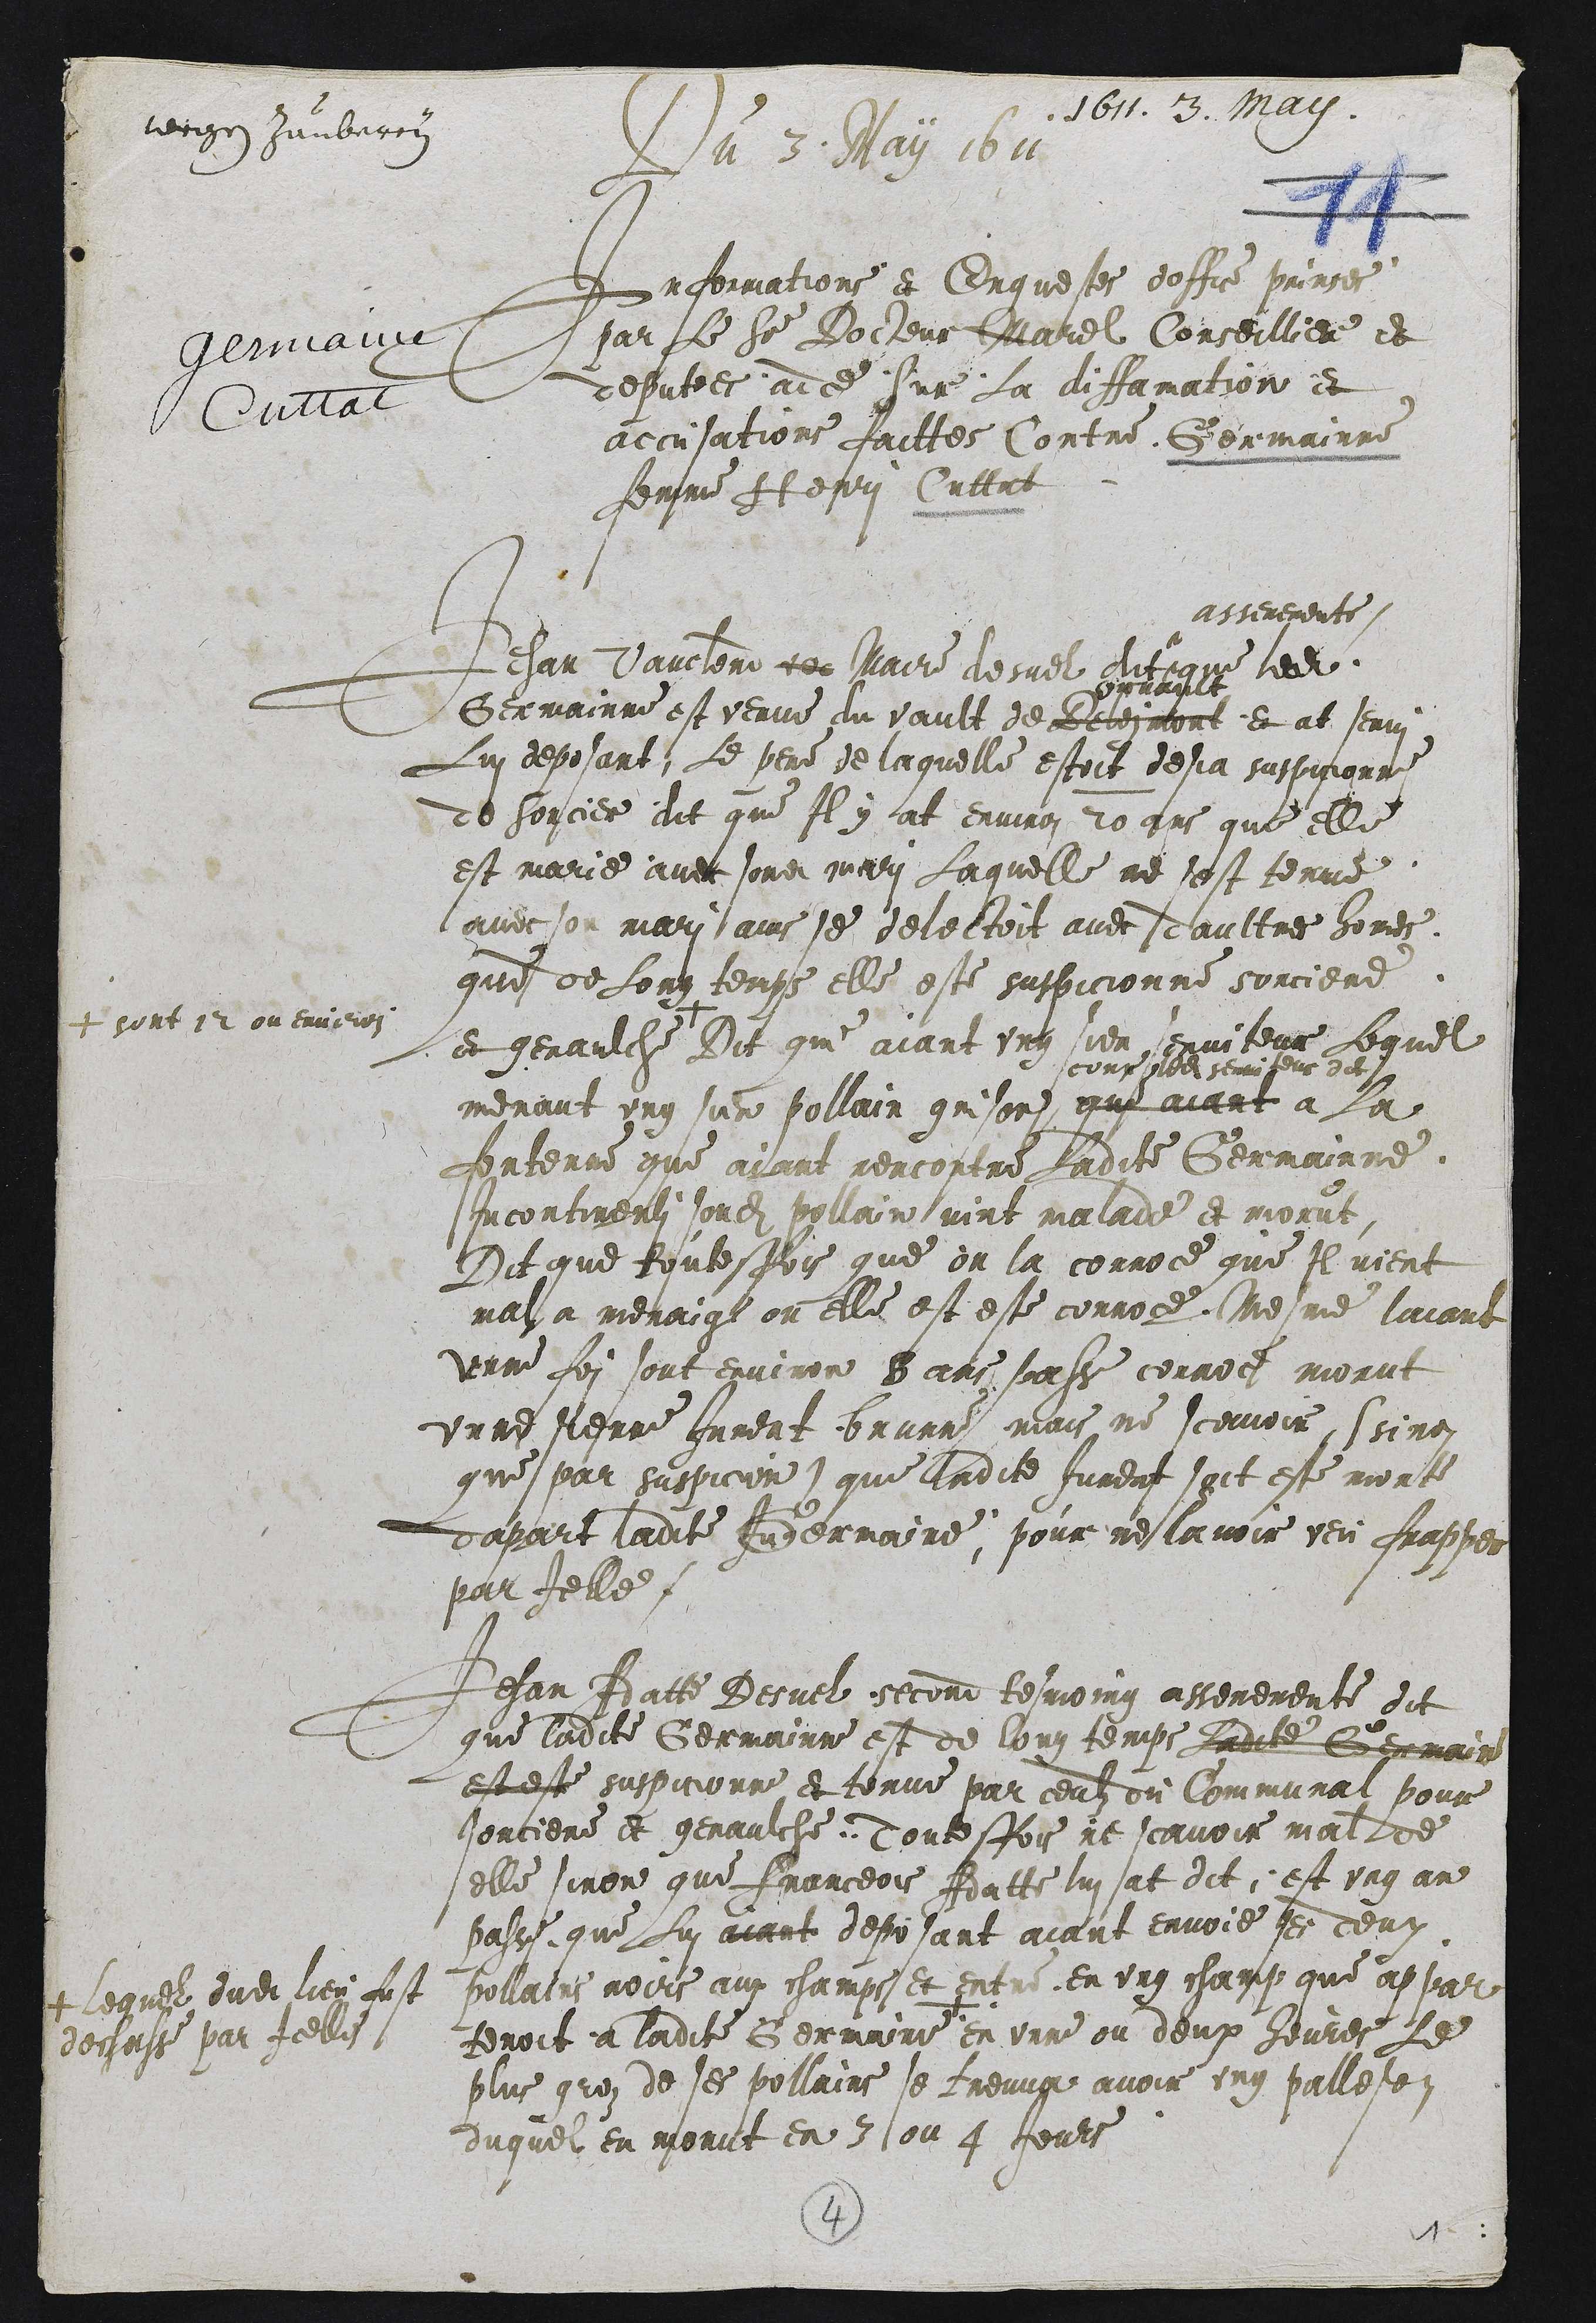
1611. 13. May.
werge Hambercy
Du 3. May 1611
Informations et Enquestes doffice prinses
par Le Sieur Docheur Marel Conseilliere et
deputees adce sur La diffamation et
accusations faittes Contre Germainne
femme At epri Cuttat

Jehan Vauchere ter Maire desuel dit
asseremente
que ledit
Germainne est venue du vault de Betermont
vrrane
et at serri
Lui deposant, Le pere de laquelle estoit desja suspicionne
de sorcier dit que Il y at environ 20 ans que elle
est marie avec sondit mari Laquelle ne sest tenue
avec son mari ains se delectoit avec daultres homes.
que de Long temps elle este suspicionne sorciere
et genaulche.
+ sont 12 ou envieron
Dit qui aiant ung sien serviteur Lequel
menant ung sun pollain grison
coup mo semisers dit
que aiant a la
Ientenne que avant rencontre Ladite Germainne.
incontinentz sondit pollain vint malade et morut
Dit que Routesfois que on la corroce que Il vient
may a menaire ou elle est este corroce. Qresme laiant
unne foi sont environ 8 ans saisse cornoce morut
unne Pierne Jument brurne, mais ne scavoir, ssinen
que par suspicion) que ladite Jurent soit este morte
dapart ladite Federmaine, pour meslavoir veu frapper
par Ielle

Jehan Adatte Desuel second tesmoing asseremente dit
que ladite Germainne est de long temps Ladite Germain
et este suspicionne et tenue par ceulz ou Communai pour
sorciere et genaulche Tontesfois ne scavoir mal de
elle sinon que Franceois Adatte lui at dit est ung an
passe, que Lui aiant deposant aiant envoie ses deux
pollains noirs aux champs et entre en ung champ que appar
tenoit a ladite Germaine +
+ lequel dudit lieu fust
degusse par Icelle
en unne ou deux heures Le
plus groz de ses pollains se treuva avoir ung pallese
duquel en morut en 3 ou 4 Jeurs

4
1